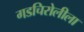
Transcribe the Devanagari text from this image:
गडचिरोलीला